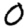
Digit: 0